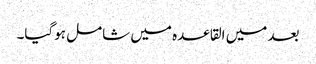
بعد میں القاعدہ میں شامل ہوگیا۔